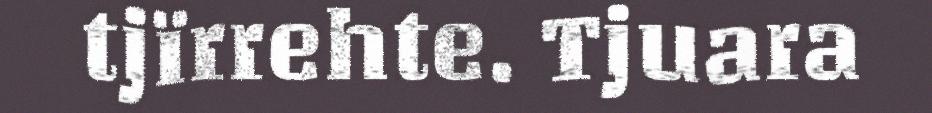
tjïrrehte. Tjuara